画像に写った文字を読んでください
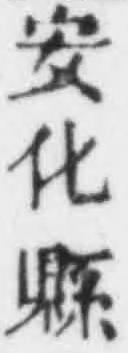
「安化縣」と書いてあります